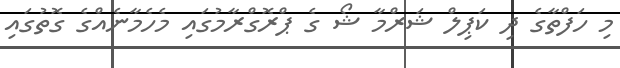
މި ހަފްތާގެ ދި ކަޕިލް ޝަރްމާ ޝޯ ގެ ޕްރޮގްރާމުގައި މެހެމާނެއްގެ ގޮތުގައި